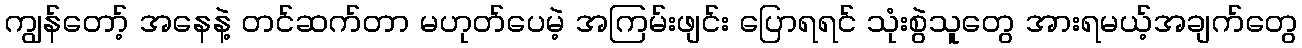
ကျွန်တော့် အနေနဲ့ တင်ဆက်တာ မဟုတ်ပေမဲ့ အကြမ်းဖျင်း ပြောရရင် သုံးစွဲသူတွေ အားရမယ့်အချက်တွေ